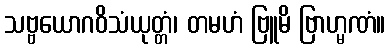
သဗ္ဗယောဂဝိသံယုတ္တံ၊ တမဟံ ဗြူမိ ဗြာဟ္မဏံ။